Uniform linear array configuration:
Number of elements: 24
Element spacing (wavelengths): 0.5
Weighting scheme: binomial
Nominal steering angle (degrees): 60
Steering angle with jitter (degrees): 61.62
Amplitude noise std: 0.05
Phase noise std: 0.05

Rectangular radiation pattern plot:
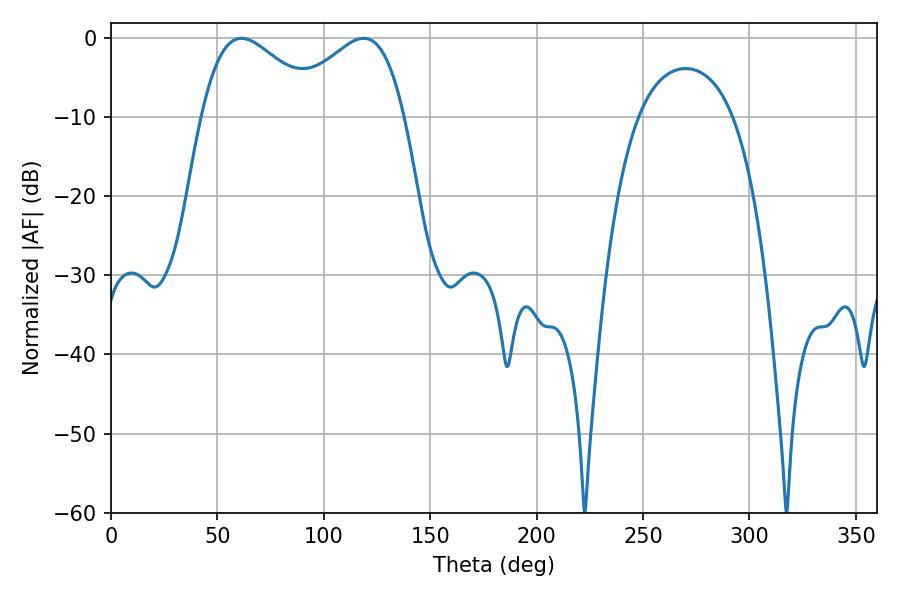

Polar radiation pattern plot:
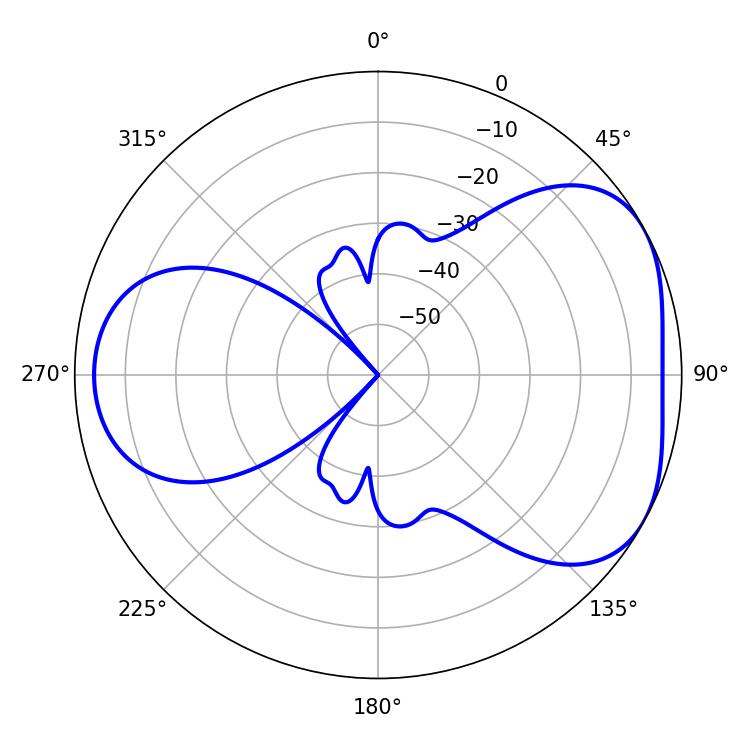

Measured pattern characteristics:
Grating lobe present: FALSE
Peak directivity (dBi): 4.437
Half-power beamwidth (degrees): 30.42
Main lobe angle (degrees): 61.2